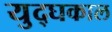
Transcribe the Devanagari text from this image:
युद्घकाल